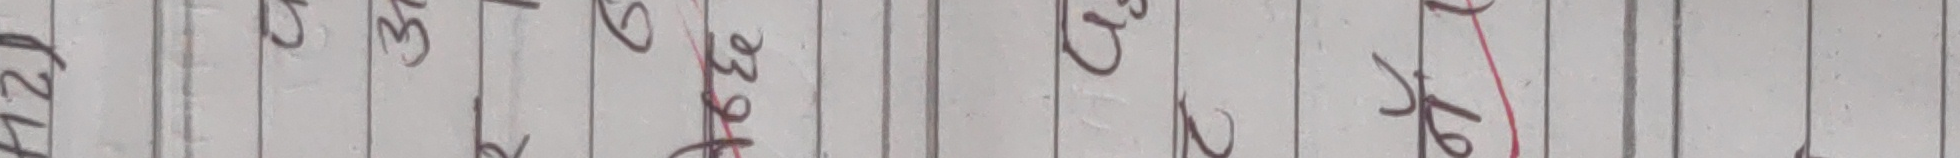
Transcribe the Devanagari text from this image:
४२ ७ ३ ९ २१ २३ ५ २ ४ ५